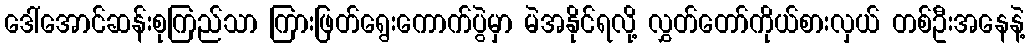
ဒေါ်အောင်ဆန်းစုကြည်သာ ကြားဖြတ်ရွေးကောက်ပွဲမှာ မဲအနိုင်ရလို့ လွှတ်တော်ကိုယ်စားလှယ် တစ်ဦးအနေနဲ့